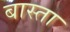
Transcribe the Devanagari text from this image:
बास्ता